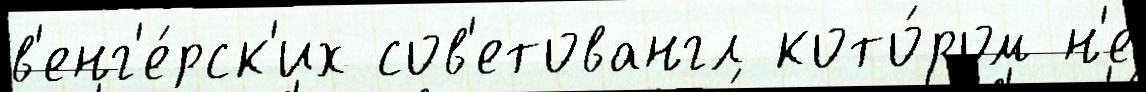
в'енг'е́рск'их сов'етовангл кото́ром н'е